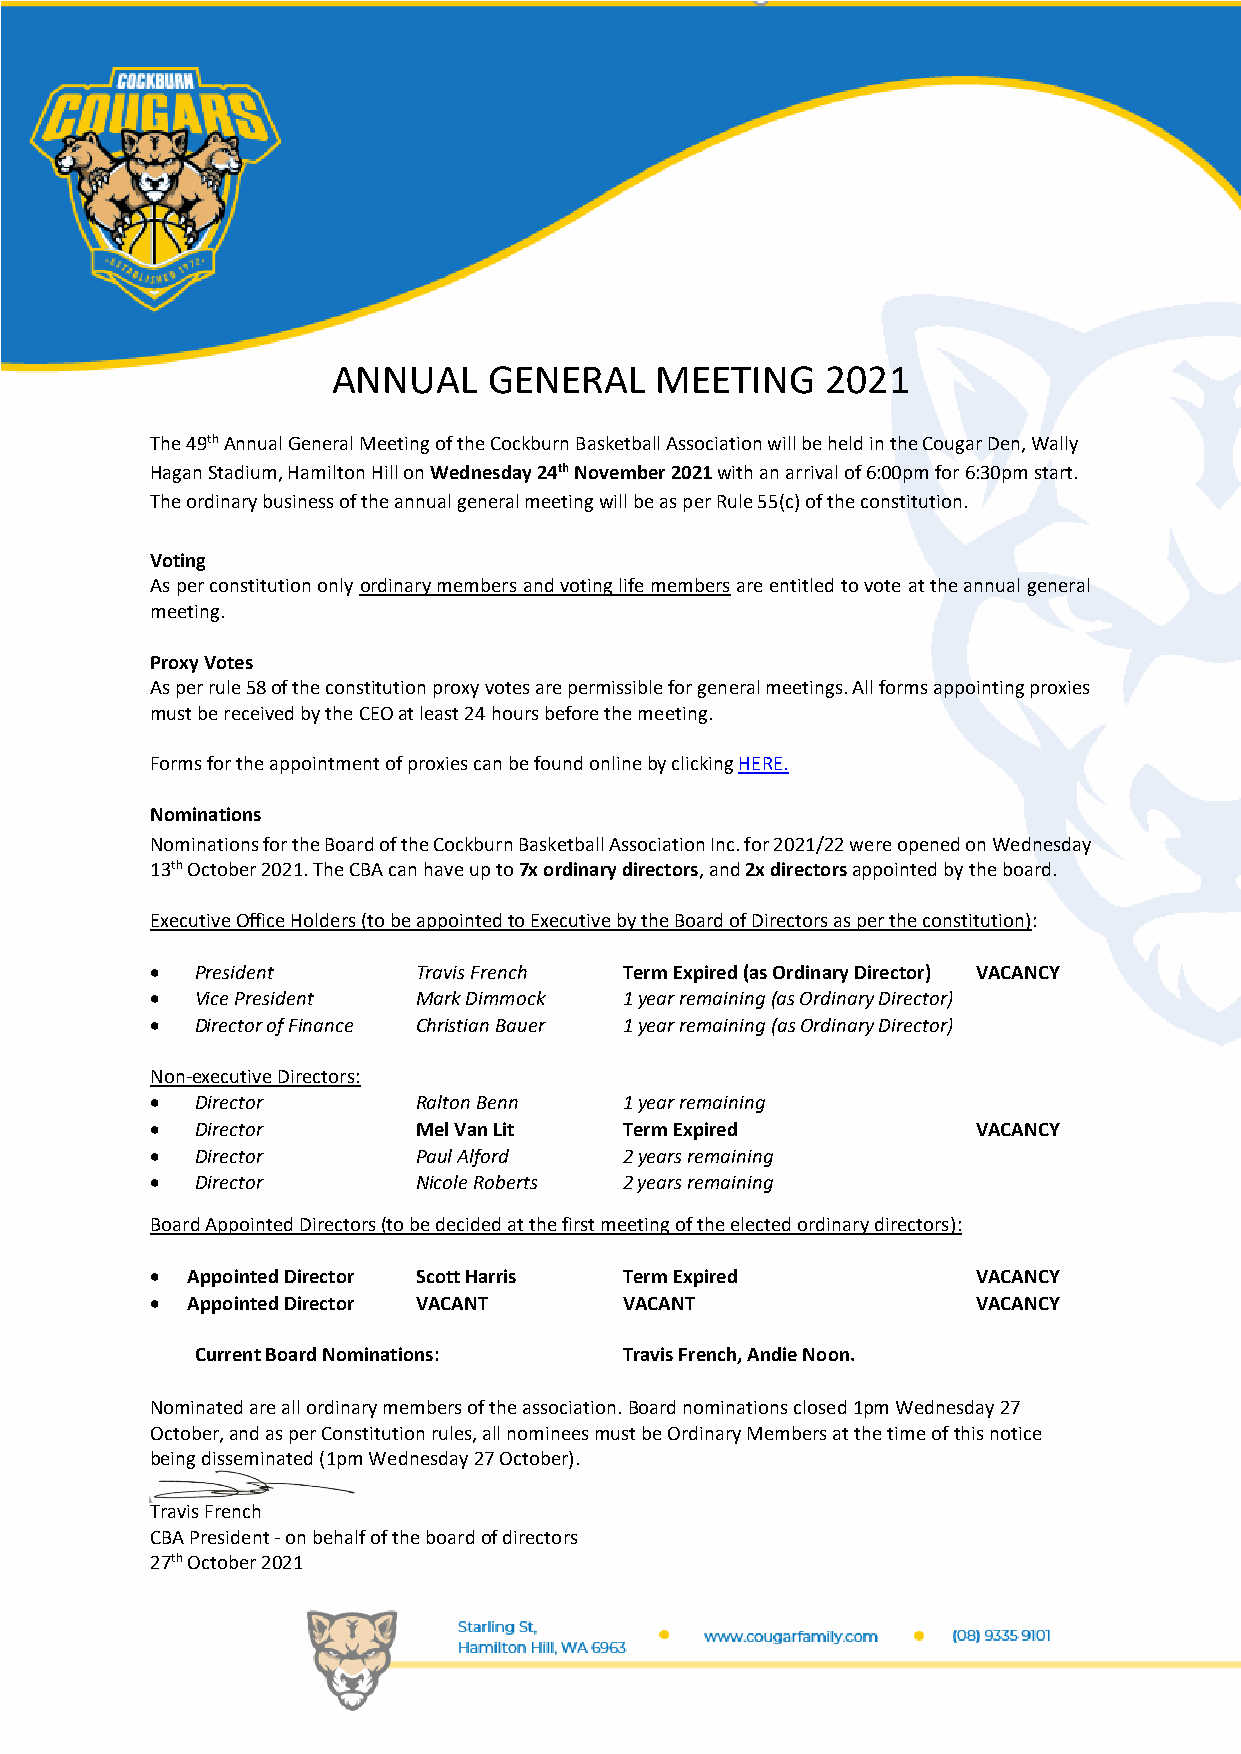
ANNUAL    GENERAL    MEETING     2021
 The 49th Annual General Meeting of the Cockburn Basketball Association will be held in the Cougar Den, Wally
 Hagan Stadium, Hamilton Hill on Wednesday 24th November 2021 with an arrival of 6:00pm for 6:30pm start.
 The ordinary business of the annual general meeting will be as per Rule 55(c) of the constitution.
 Voting
 As per constitution only ordinary members and voting life members are entitled to vote at the annual general
 meeting.
 Proxy Votes
 As per rule 58 of the constitution proxy votes are permissible for general meetings. All forms appointing proxies
 must be received by the CEO at least 24 hours before the meeting.
 Forms for the appointment of proxies can be found online by clicking HERE.
 Nominations
 Nominations for the Board of the Cockburn Basketball Association Inc. for 2021/22 were opened on Wednesday
 13th October 2021. The CBA can have up to 7x ordinary directors, and 2x directors appointed by the board.
 Executive Office Holders (to be appointed to Executive by the Board of Directors as per the constitution):
 •  President      Travis French Term Expired (as Ordinary Director) VACANCY
 •  Vice President Mark Dimmock 1 year remaining (as Ordinary Director)
 •  Director of Finance Christian Bauer 1 year remaining (as Ordinary Director)
 Non-executive Directors:
 •  Director       Ralton Benn  1 year remaining
 •  Director       Mel Van Lit  Term Expired            VACANCY
 •  Director       Paul Alford  2 years remaining
 •  Director       Nicole Roberts 2 years remaining
 Board Appointed Directors (to be decided at the first meeting of the elected ordinary directors):
 • Appointed Director Scott Harris Term Expired         VACANCY
 • Appointed Director VACANT    VACANT                  VACANCY
 Current Board Nominations:  Travis French, Andie Noon.
 Nominated are all ordinary members of the association. Board nominations closed 1pm Wednesday 27
 October, and as per Constitution rules, all nominees must be Ordinary Members at the time of this notice
 being disseminated (1pm Wednesday 27 October).
 Travis French
 CBA President - on behalf of the board of directors
 27th October 2021